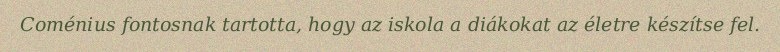
Coménius fontosnak tartotta, hogy az iskola a diákokat az életre készítse fel.